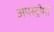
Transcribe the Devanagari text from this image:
अपस्ट्रीमों